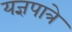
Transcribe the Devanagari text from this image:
यज्ञपात्रे